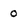
Character: 0